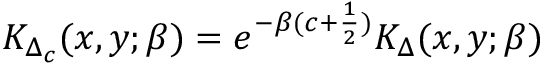
K _ { \Delta _ { c } } ( x , y ; \beta ) = e ^ { - \beta ( c + { \frac { 1 } { 2 } } ) } K _ { \Delta } ( x , y ; \beta )